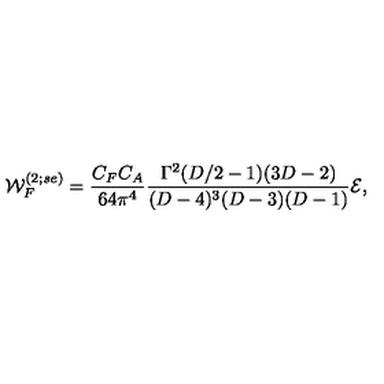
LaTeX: { \cal W } _ { F } ^ { ( 2 ; s e ) } = { \frac { C _ { F } C _ { A } } { 6 4 { \pi } ^ { 4 } } } { \frac { \Gamma ^ { 2 } ( D / 2 - 1 ) ( 3 D - 2 ) } { ( D - 4 ) ^ { 3 } ( D - 3 ) ( D - 1 ) } } { \cal E } ,